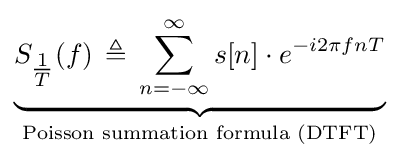
\underbrace {S_{\tfrac {1}{T}}(f)\,\triangleq \,\sum _{n=-\infty }^{\infty }s[n]\cdot e^{-i2\pi fnT}} _{\text{Poisson summation formula (DTFT)}}